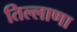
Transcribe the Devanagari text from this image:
तिल्लाणा